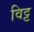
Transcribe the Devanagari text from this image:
विट्ट